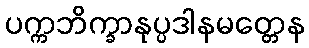
ပက္ကဘိက္ခာနုပ္ပဒါနမတ္တေန